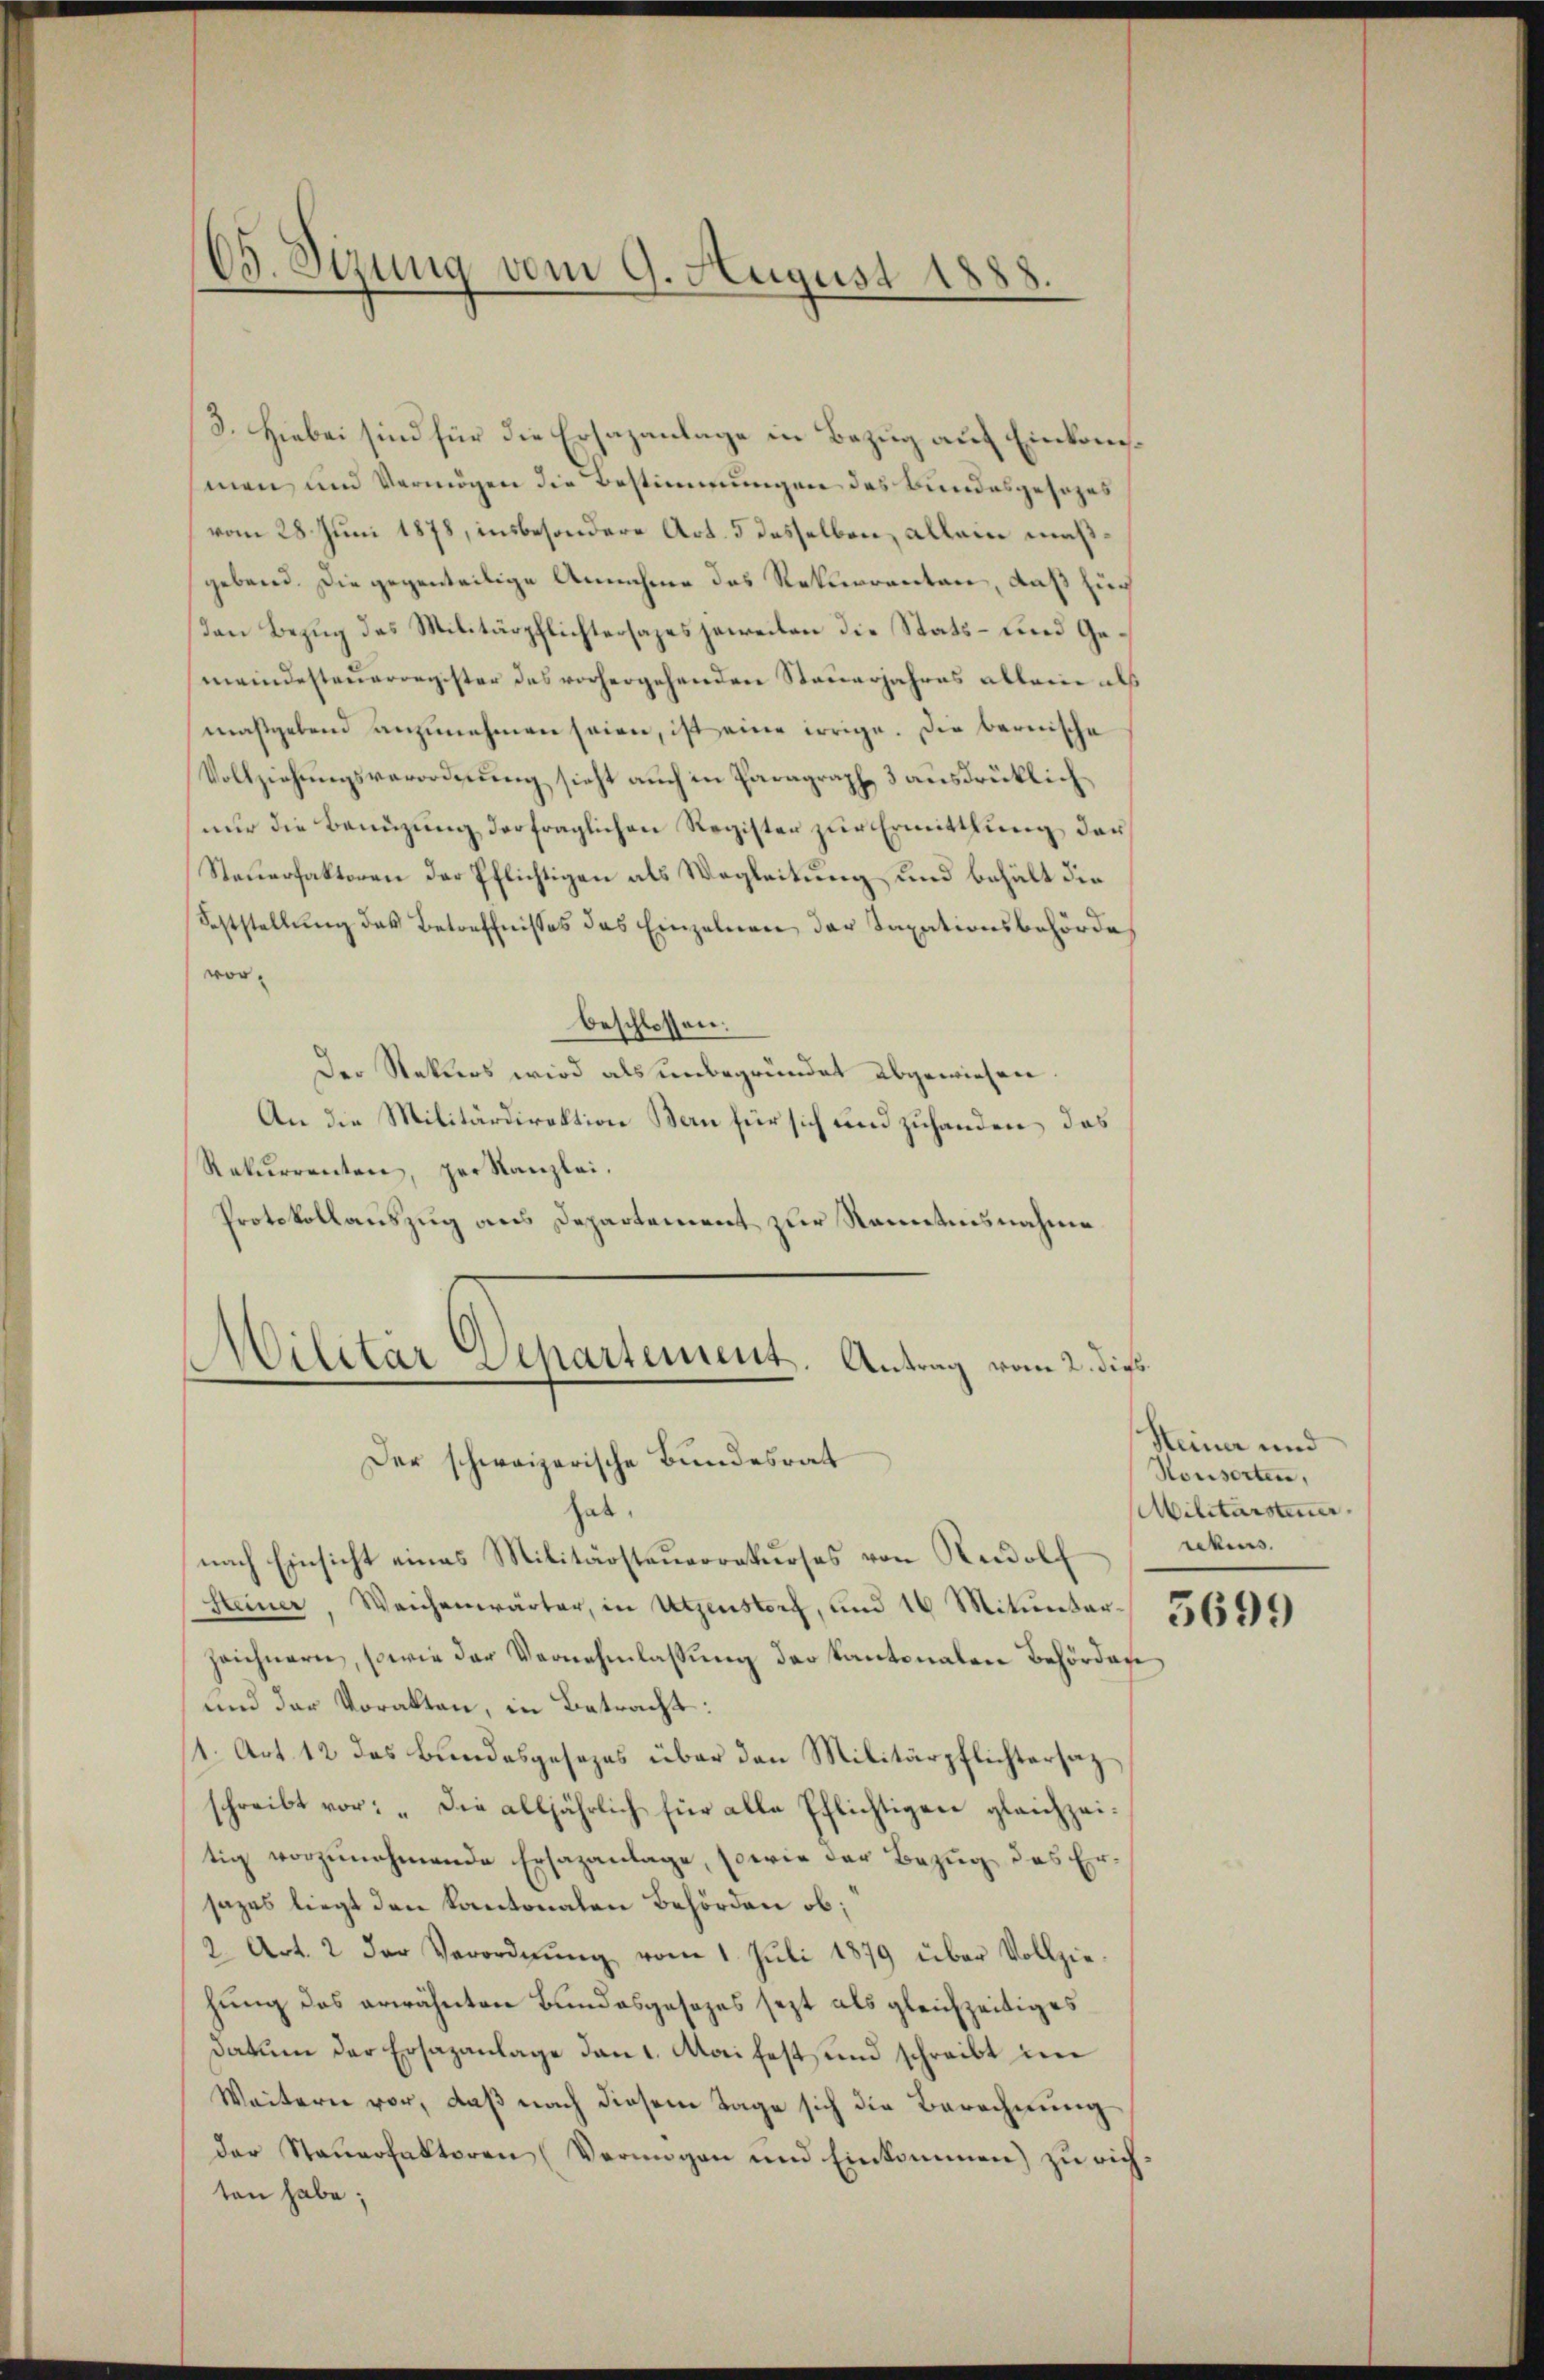
65. Sizung vom 9. August 1888.

3. Hiebei sind für die Ersazanlage in Bezug auf Einkommen und Vermögen die Bestimmungen des Bundesgesezes
vom 28. Juni 1878, insbesondere Art. 5 desselben, allein mußgebend. Die gegenteilige Annahme das Rekurrenten, daß zug
Dan Bezug des Militärpflichtersages jeweiten die Stats- und Gemeindesteuerregister des vorhergehenden Steuerjahres allein als
maßgebend anzunehmen seien, ist eine irrige. Die bernische
Vollziehungsverordnung sicht auch in Paragraph 3 ausdrüklich
nur die Benüzung derfraglichen Register zur Ermittlung der
Steuerfaktoren der Pflichtigen als Wegleitung und behält die
Settstellung des Betreffnisses das Einzelnen der Taxationsbehörde
vorbeschlossen:
Der Rekurs wird als unbegründet abgewiesen.
An die Militärdirektion Bern für sich und zuhanden, das
Rekurrenten, per Kanzlei.
Protokollauszug aus Departement zur Kenntnisnahme
Militar Departement. Antrag vom 2. dies

Der schweizerische Bundesrat

hab
nach Einsicht eines Militärsteuerrekurses von Rudolf
Steiner, Weichenwärter, in Utzenstorf, und 16 Mitŭmber 36500
zeichnern, sowie der Vernehmlassung der Kantonalen Behörden
und der Voralten, in Betracht:
/1. Art. 12 das Bundesgesezes über den Militärpflichtersaz
schreibt vor: „Die alljährlich für alle Pflichtigen gleichzeitig vorzunehmende Ersazanlage, sowie der Bezug des Ersazes liegt den Kantonalen Behörden ob,
2 Art. 2 der Verordnŭng vom 1. Juli 1879 über Vollzie-
hung des erwähnten Bundesgesezes sezt als gleichzeitiges
datum der Ersazanlage den 1. Mai fest, und schreibt im
Weiteren vor, daß nach diesem Tage sich die Berechnung
der Steuerfaktoren (Vermögen und Einkommen) zu richten habe;

Steiner und
Honsorten,
Militärsteuer
rekurs.